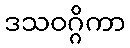
ဒသဝဂ္ဂိကာ